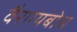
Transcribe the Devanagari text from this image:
वैराग्यबोध